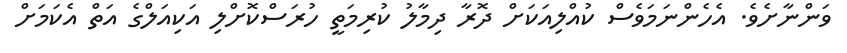
ވަންނާށެވެ. އެހެންނަމަވެސް ކުއްލިއަކަށް ދޮރާ ދިމާލު ކުރިމަތީ ހުރަސްކޮށްލި އަކިއަލްގެ އަތް އެކަމަށް